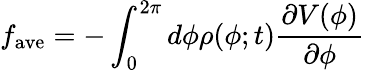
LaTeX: f_{\mathrm{ave}}=-\int_{0}^{2\pi}d\phi\rho(\phi;t)\frac{\partial V(\phi)}{\partial\phi}